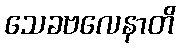
သေခဗလေနာတိ